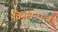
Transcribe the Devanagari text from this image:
विश्ववन्धुत्व